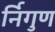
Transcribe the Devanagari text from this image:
र्निगुण